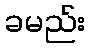
ခမည်း